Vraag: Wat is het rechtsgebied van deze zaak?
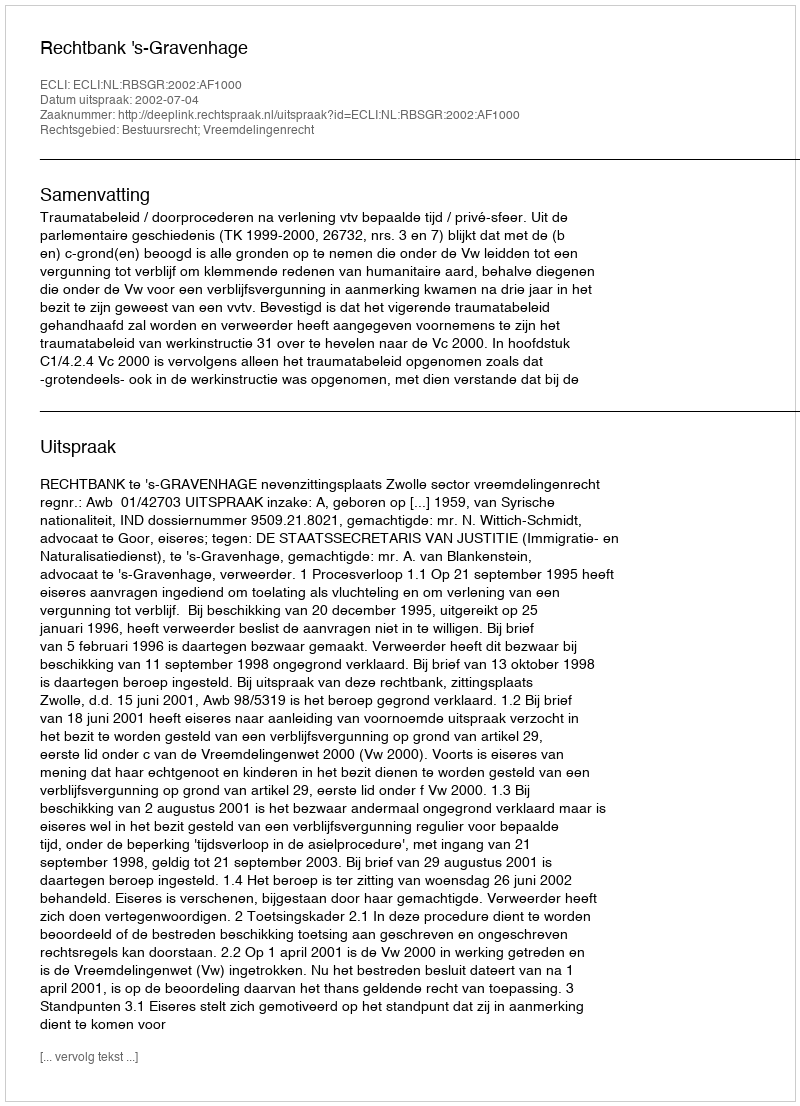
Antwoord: Bestuursrecht; Vreemdelingenrecht